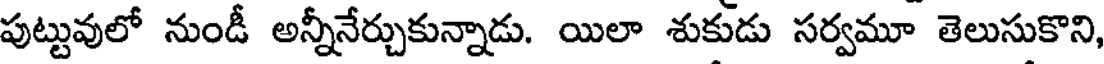
పుట్టువులో నుండీ అన్నీనేర్చుకున్నాడు. యిలా శుకుడు సర్వమూ తెలుసుకొని,